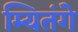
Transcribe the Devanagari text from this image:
म्यितंगे